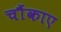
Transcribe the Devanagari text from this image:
चौंकाए